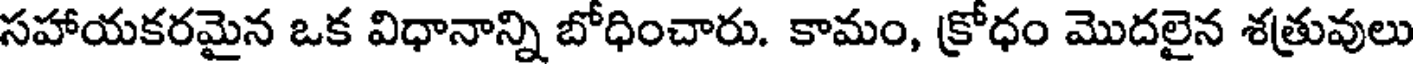
సహాయకరమైన ఒక విధానాన్ని బోధించారు. కామం, క్రోధం మొదలైన శత్రువులు